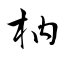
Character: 枘